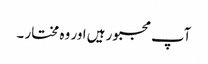
آپ مجبور ہیں اور وہ مختار ۔